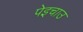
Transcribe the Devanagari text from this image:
पेइचाउ